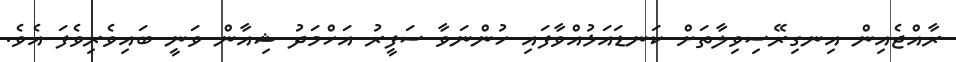
ރާއްޖެއިން އިނގިރޭސިވިލާތަށް ކަނޑައަޅުއްވާފައި ހުންނަވާ ސަފީރު އަހްމަދު ޝިއާން ވަނީ ބައިވެރިވެފަ އެވެ.